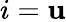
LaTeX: i=\mathbf{u}